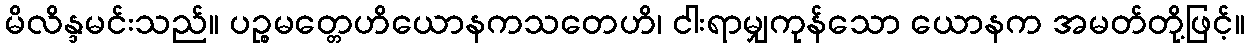
မိလိန္ဒမင်းသည်။ ပဉ္စမတ္တေဟိယောနကသတေဟိ၊ ငါးရာမျှကုန်သော ယောနက အမတ်တို့ဖြင့်။